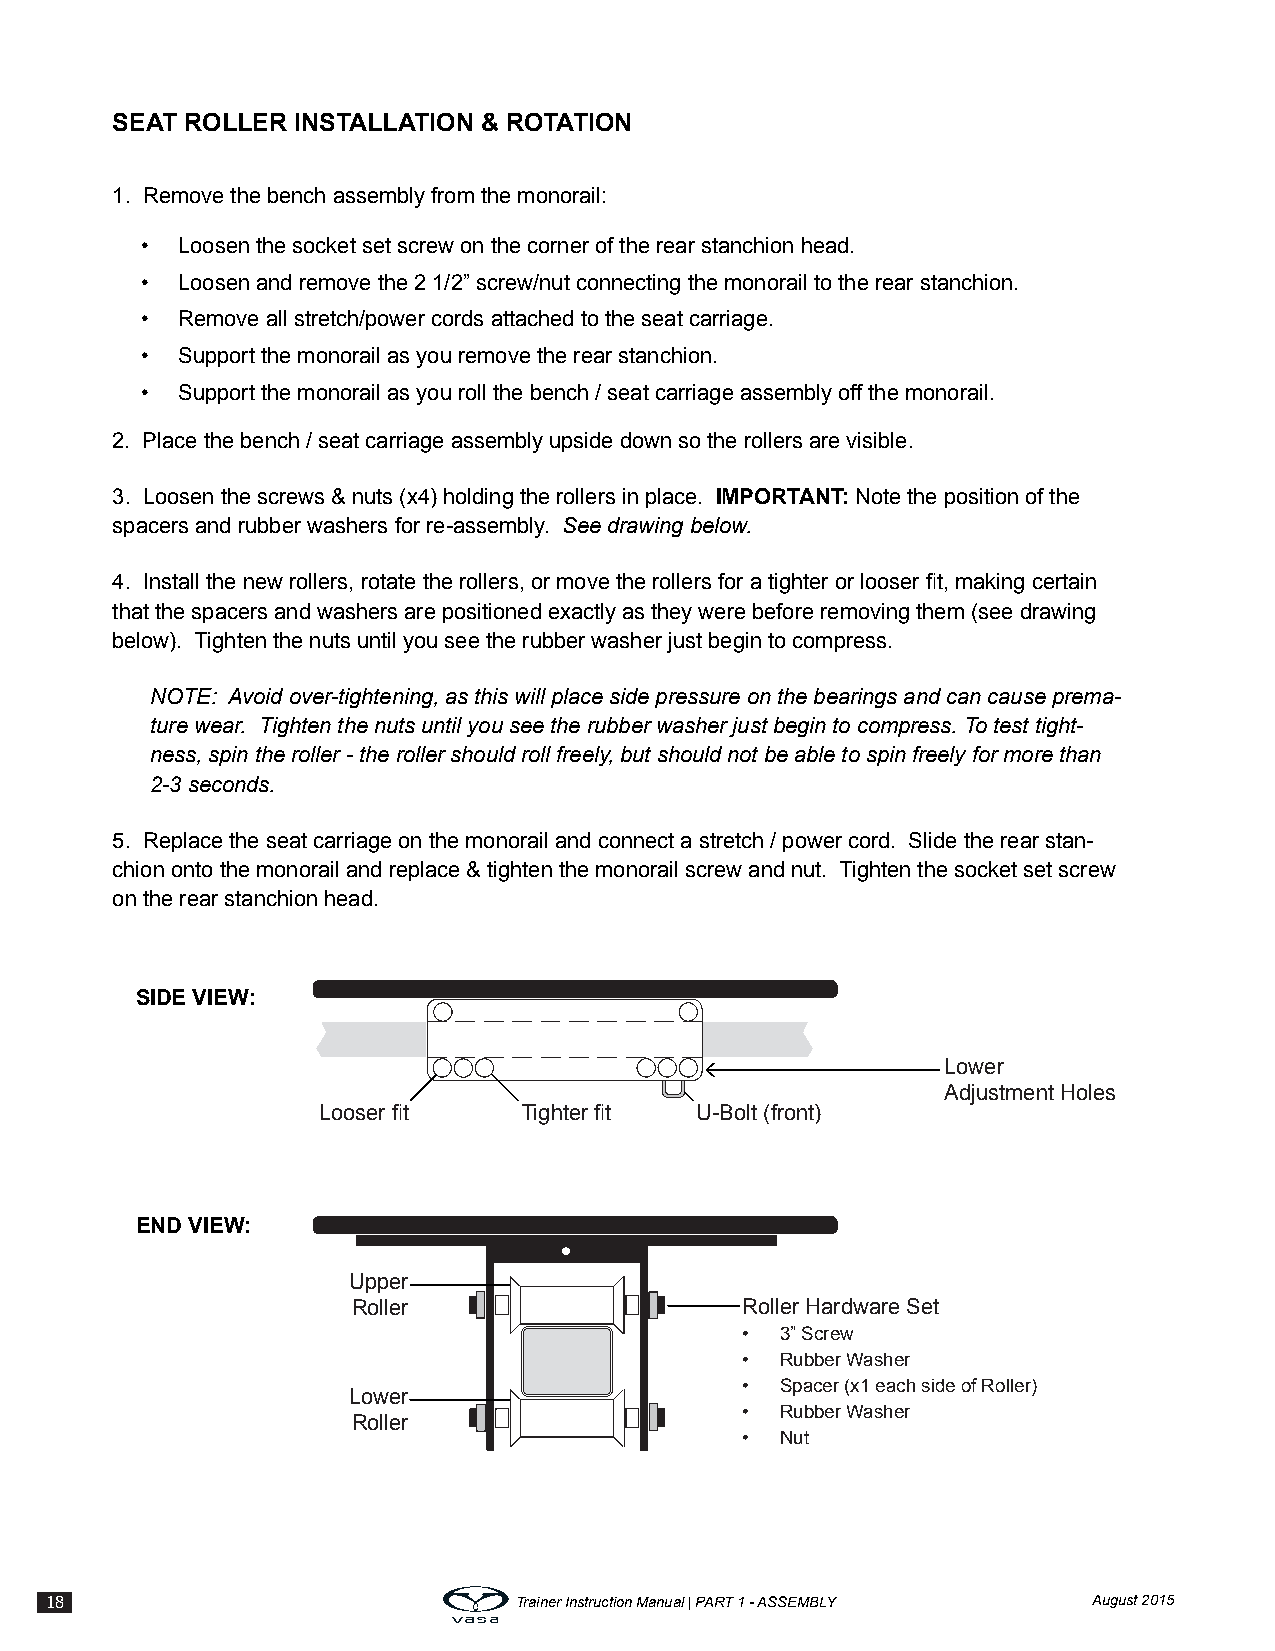
SEAT ROLLER INSTALLATION & ROTATION
 1. Remove the bench assembly from the monorail:
 •  Loosen the socket set screw on the corner of the rear stanchion head.
 •  Loosen and remove the 2 1/2” screw/nut connecting the monorail to the rear stanchion.
 •  Remove all stretch/power cords attached to the seat carriage.
 •  Support the monorail as you remove the rear stanchion.
 •  Support the monorail as you roll the bench / seat carriage assembly off the monorail.
 2. Place the bench / seat carriage assembly upside down so the rollers are visible.
 3. Loosen the screws & nuts (x4) holding the rollers in place. IMPORTANT: Note the position of the
 spacers and rubber washers for re-assembly. See drawing below.
 4. Install the new rollers, rotate the rollers, or move the rollers for a tighter or looser fit, making certain
 that the spacers and washers are positioned exactly as they were before removing them (see drawing
 below). Tighten the nuts until you see the rubber washer just begin to compress.
 NOTE: Avoid over-tightening, as this will place side pressure on the bearings and can cause prema-
 ture wear. Tighten the nuts until you see the rubber washer just begin to compress. To test tight-
 ness, spin the roller - the roller should roll freely, but should not be able to spin freely for more than
 2-3 seconds.
 5. Replace the seat carriage on the monorail and connect a stretch / power cord. Slide the rear stan-
 chion onto the monorail and replace & tighten the monorail screw and nut. Tighten the socket set screw
 on the rear stanchion head.
 SIDE VIEW:
 Lower
 Adjustment Holes
 Looser fit   Tighter fit U-Bolt (front)
 END VIEW:
 Upper
 Roller                    Roller Hardware Set
 •  3” Screw
 •  Rubber Washer
 •  Spacer (x1 each side of Roller)
 Lower
 •  Rubber Washer
 Roller
 •  Nut
 18                             Trainer Instruction Manual | PART 1 - ASSEMBLY August 2015